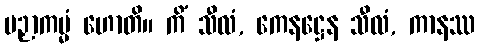
ပဉှာကမ္မံ ဟောတိ။ ကိံ သီလံ, ကေနဋ္ဌေန သီလံ, ကာနဿ